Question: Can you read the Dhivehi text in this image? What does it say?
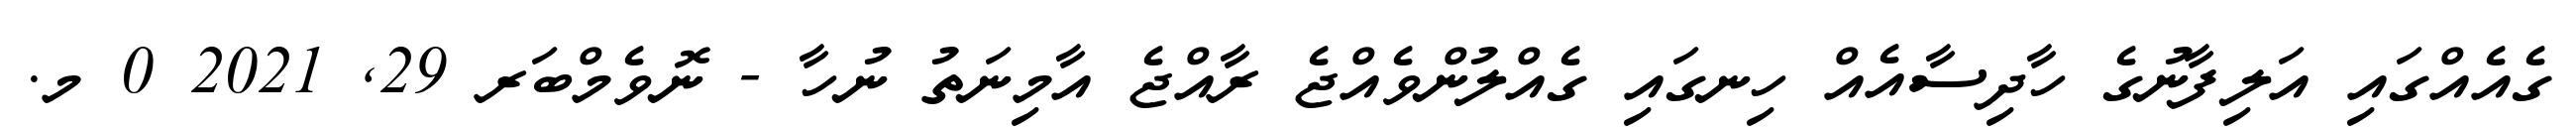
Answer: ގެއެއްގައި އަލިފާނުގެ ހާދިސާއެއް ހިނގައި ގެއްލުންވެއްޖެ ރާއްޖެ އާމިނަތު ނުހާ - ނޮވެމްބަރ 29, 2021 0 މ.